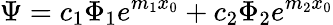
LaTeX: \Psi=c_{1}\Phi_{1}e^{m_{1}x_{0}}+c_{2}\Phi_{2}e^{m_{2}x_{0}}